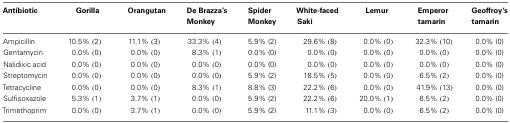
<table><thead><tr><td><b>Antibiotic</b></td><td><b>Gorilla</b></td><td><b>Orangutan</b></td><td><b>De Brazza’s Monkey</b></td><td><b>Spider Monkey</b></td><td><b>White-faced Saki</b></td><td><b>Lemur</b></td><td><b>Emperor tamarin</b></td><td><b>Geoffroy’s tamarin</b></td></tr></thead><tbody><tr><td>Ampicillin</td><td>10.5% (2)</td><td>11.1% (3)</td><td>33.3% (4)</td><td>5.9% (2)</td><td>29.6% (8)</td><td>0.0% (0)</td><td>32.3% (10)</td><td>0.0% (0)</td></tr><tr><td>Gentamycin</td><td>0.0% (0)</td><td>0.0% (0)</td><td>8.3% (1)</td><td>0.0% (0)</td><td>0.0% (0)</td><td>0.0% (0)</td><td>0.0% (0)</td><td>0.0% (0)</td></tr><tr><td>Nalidixic acid</td><td>0.0% (0)</td><td>0.0% (0)</td><td>0.0% (0)</td><td>0.0% (0)</td><td>0.0% (0)</td><td>0.0% (0)</td><td>0.0% (0)</td><td>0.0% (0)</td></tr><tr><td>Streptomycin</td><td>0.0% (0)</td><td>0.0% (0)</td><td>0.0% (0)</td><td>5.9% (2)</td><td>18.5% (5)</td><td>0.0% (0)</td><td>6.5% (2)</td><td>0.0% (0)</td></tr><tr><td>Tetracycline</td><td>0.0% (0)</td><td>0.0% (0)</td><td>8.3% (1)</td><td>8.8% (3)</td><td>22.2% (6)</td><td>0.0% (0)</td><td>41.9% (13)</td><td>0.0% (0)</td></tr><tr><td>Sulfisoxazole</td><td>5.3% (1)</td><td>3.7% (1)</td><td>0.0% (0)</td><td>5.9% (2)</td><td>22.2% (6)</td><td>20.0% (1)</td><td>6.5% (2)</td><td>0.0% (0)</td></tr><tr><td>Trimethoprim</td><td>0.0% (0)</td><td>3.7% (1)</td><td>0.0% (0)</td><td>5.9% (2)</td><td>11.1% (3)</td><td>0.0% (0)</td><td>6.5% (2)</td><td>0.0% (0)</td></tr></tbody></table>